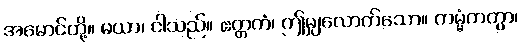
အမောင်တို့။ မယာ၊ ငါသည်။ ဧတ္တကံ၊ ဤမျှလောက်သော။ ကမ္မံကတွာ၊